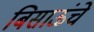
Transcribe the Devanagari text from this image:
बिसाऊंचे